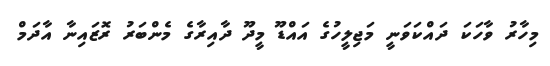
މިހާރު ވާހަކަ ދައްކަވަނީ މަޖިލީހުގެ އައްޑޫ މީދޫ ދާއިރާގެ މެންބަރު ރޮޒައިނާ އާދަމް